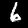
Digit: 6